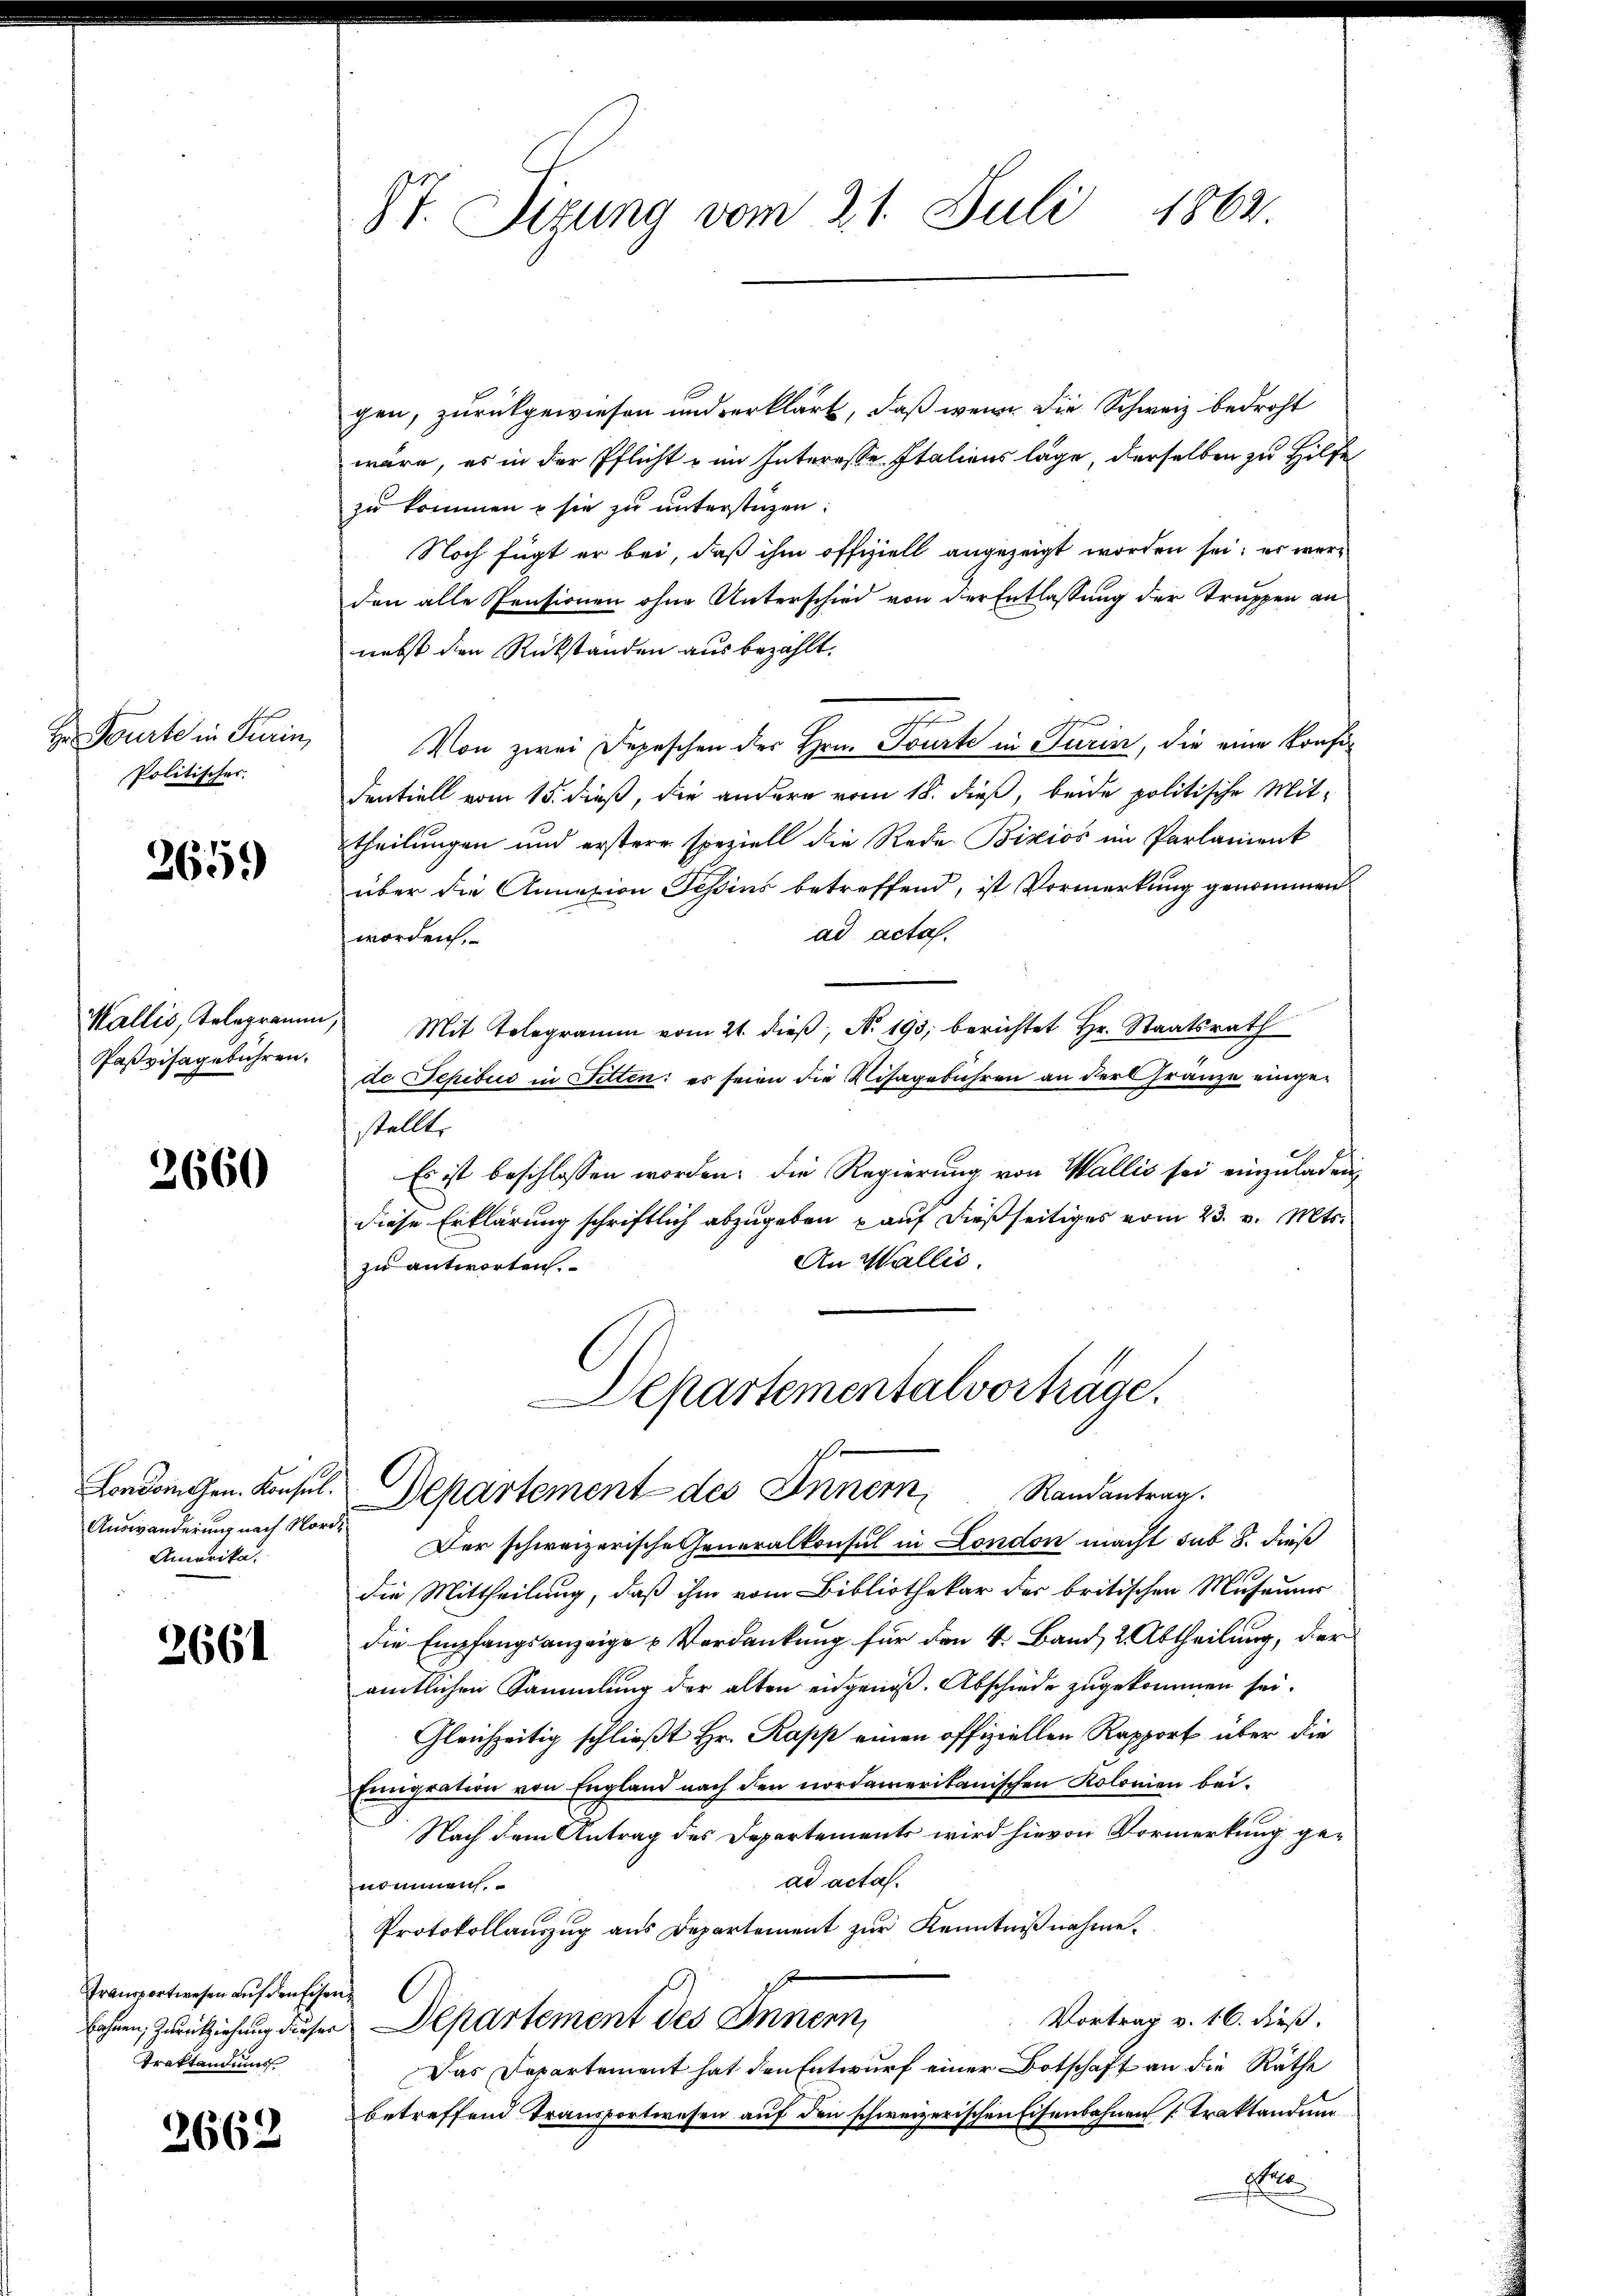
1862
St. Sizung vom 21. Juli

gen, zurückgewiesen und verklärt, daß wenn die Schweiz bedroht
wäre, es in der Pflicht u im Interesse Italiens läge, derselben zu Hilfe
zu kommen u sie zu unterstüzen:
Noch fügt er bei, daß ihm offiziell angezeigt worden sei; es werden alle Pensionen ohne Unterschied von der Entlassung der Truppen an
nebst die Rückstanden aus bezahlt.
Von zwei Depeschen der Hrn. Tourte in Turin, die eine Konfidentiell vom 15. dieß, die andere vom 18. dieß, beide politische Mittheilungen und erstere speziell die Rede Bixios im Parlament
über die Annazion Pepins betreffend, ist Vormerkung genommen
ad acta.
worden.
.
Mit Telegramm vom 21. dieβ, N. 193, berichtet Hr. Staatsrath
de Schibus in Fitten: es seien die Visagebühren an der Gränze eingestellt.
Es ist beschlossen worden; die Regierung von Wallis sei einzuladen,
diese Erklärung schriftlich abzugeben auf dießseitiges vom 23. v. Mts.
An Wallis.
zu antworten.
Departementalvortrage.

Fourte in Turin,
Politischer.

2659)

Wallis, Telegramm
Paßvisagebühren.

2660

f
Departement des Innern Randantrag

rot.
Der schweizerische Generalkonsul in London macht sub 8. dieß
die Mittheilung, daß ihm vom Bibliothekar der britischen Museums
die Empfangsanzeige Verdankung für den 4. Band, 2. Abtheilung, der
amtlichen Sammlung der alten angenoß. Abschiede zugekommen sei.
Gleichzeitig schließt Hr. Kopp einen offiziellen Rapport über die
Emigration von England nach den nordamerikanischen Kolonien bei.
Nach dem Antrag des Departements wird hievon Vormerkung gead acta.
nommen
Protokollauszug aus Departement zur Kenntnißnahme.
eg
Vortrag v. 16. dieß.
lohren, Zurückziehung dieser Departement des Innern,
Das Departement hat den Entwurf einer Botschaft an die Räthe
betreffend Transportwesen auf den schweizerischen Eisenbahnen Traktandung
e

London Gen. Konsul
Auswanderung nach Nor
Amerika.

2661

Transportwesen auf den Eise
Traktandums

2662